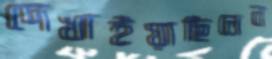
দেখাইয়াছিলেন